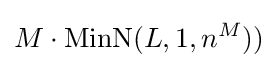
M\cdot \operatorname {MinN} (L,1,n^{M}))